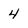
Character: 4